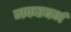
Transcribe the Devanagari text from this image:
जकरबर्ग